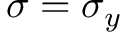
\sigma = \sigma _ { y }